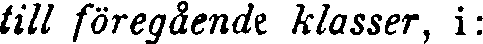
till föregående klasser, i: